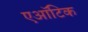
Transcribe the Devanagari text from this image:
एऑटिक